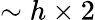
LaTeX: \sim h\times 2